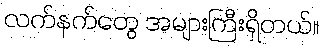
လက်နက်တွေ အများကြီးရှိတယ်။